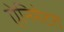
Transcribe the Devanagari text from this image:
ऐनिमेटरों